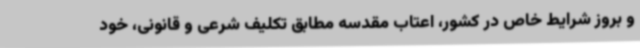
و بروز شرایط خاص در کشور، اعتاب مقدسه مطابق تکلیف شرعی و قانونی، خود